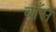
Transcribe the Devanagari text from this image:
बाँसे